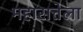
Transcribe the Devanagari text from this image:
महासत्तेला